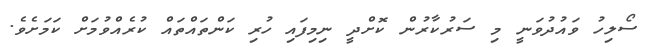
ސޯލިހު ވައުދުވަނީ މި ސަރުކާރުން ކޮށްދީ ނިމިފައި ހުރި ކަންތައްތައް ކުރެއްވުމަށް ކަމަށެވެ.